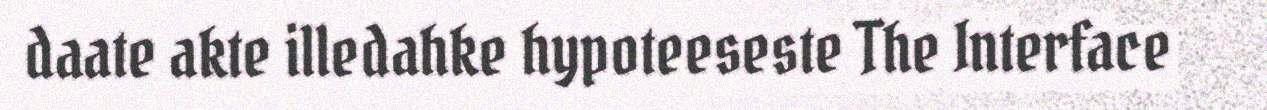
daate akte illedahke hypoteeseste The Interface